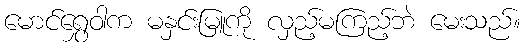
မောင်ရွှေဝါက မနှင်းမြူကို လှည့်မကြည့်ဘဲ မေးသည်။